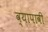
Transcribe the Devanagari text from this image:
व्यापावी